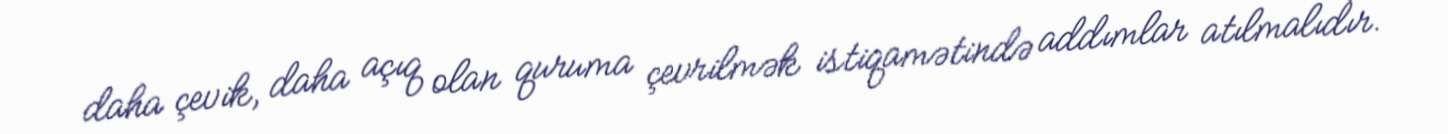
daha çevik, daha açıq olan quruma çevrilmək istiqamətində addımlar atılmalıdır.